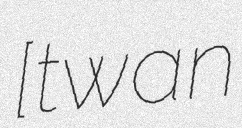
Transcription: ​[ɑ̃twan